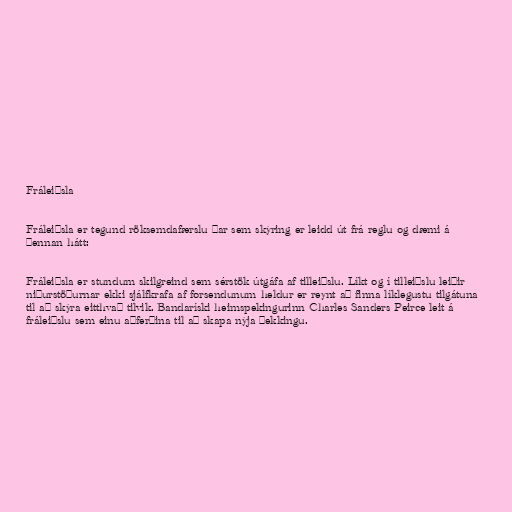
Fráleiðsla

Fráleiðsla er tegund röksemdafærslu þar sem skýring er leidd út frá reglu og dæmi á
þennan hátt:

Fráleiðsla er stundum skilgreind sem sérstök útgáfa af tilleiðslu. Líkt og í tilleiðslu leiðir
niðurstöðurnar ekki sjálfkrafa af forsendunum heldur er reynt að finna líklegustu tilgátuna
til að skýra eitthvað tilvik. Bandaríski heimspekingurinn Charles Sanders Peirce leit á
fráleiðslu sem einu aðferðina til að skapa nýja þekkingu.